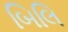
બિલિ